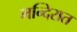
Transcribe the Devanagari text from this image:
मन्दिरात